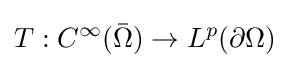
T:C^{\infty }({\bar {\Omega }})\to L^{p}(\partial \Omega )